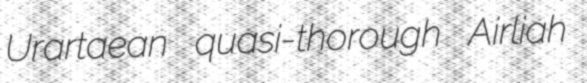
Urartaean quasi-thorough Airliah